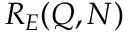
R _ { E } ( Q , N )